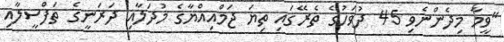
"ވީމާ މިދެންނެވި 45 ދުވަހުގެ ތެރޭގައި ތިޔަ ޖަމްއިއްޔާގެ މުދަލާއި ދަރަނީގެ ތަފްސީލާއި